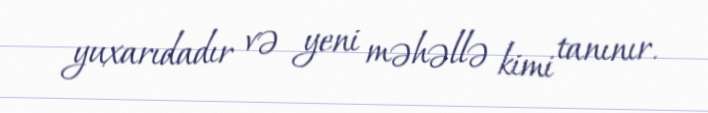
yuxarıdadır və yeni məhəllə kimi tanınır.